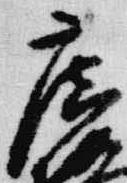
広